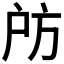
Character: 𢨲